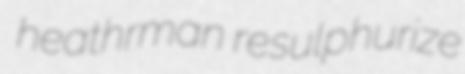
heathrman resulphurize